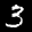
Label: 3